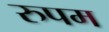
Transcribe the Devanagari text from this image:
रुपम